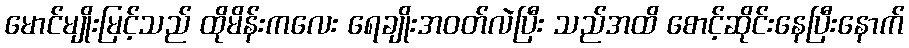
မောင်မျိုးမြင့်သည် ထိုမိန်းကလေး ရေချိုးအဝတ်လဲပြီး သည်အထိ စောင့်ဆိုင်းနေပြီးနောက်